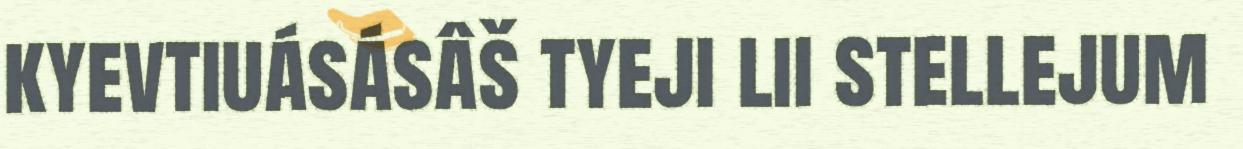
kyevtiuásásâš tyeji lii stellejum